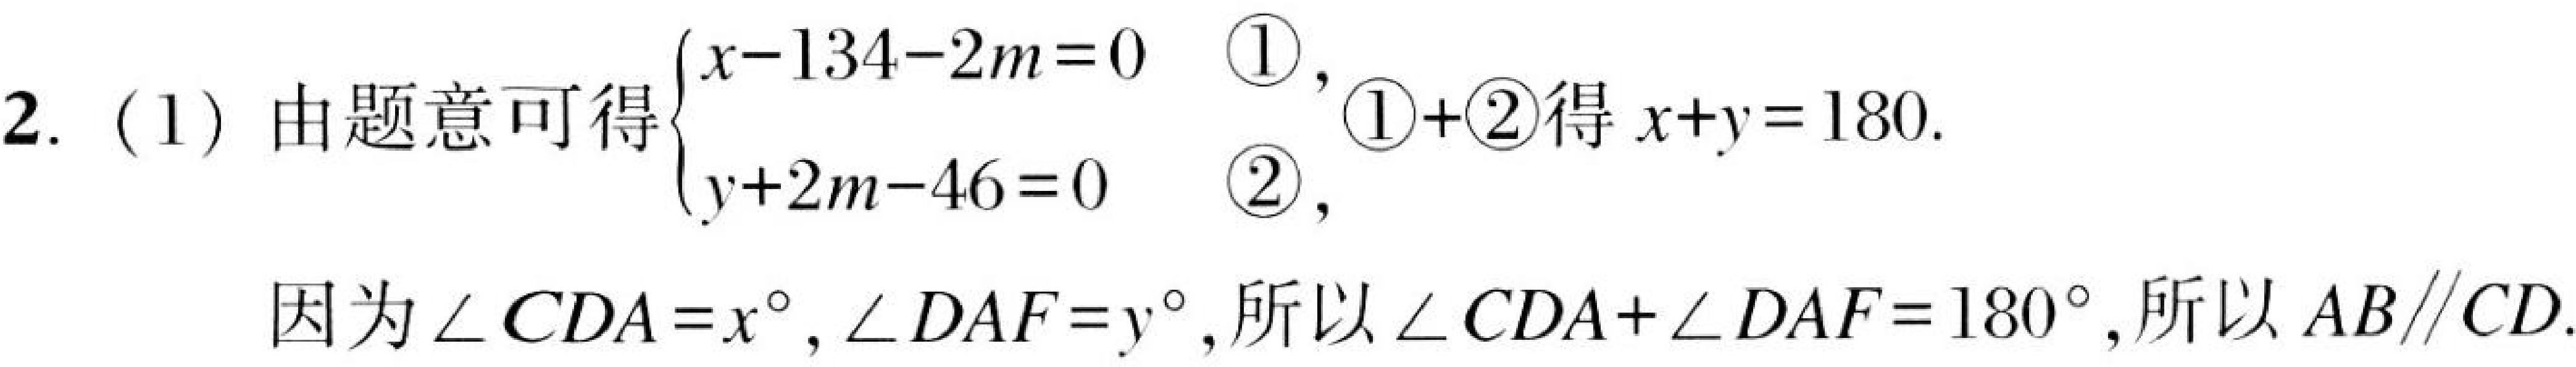
2. (1) 由题意可得$\begin{cases}x - 134-2m = 0&\textcircled{1}\\y + 2m-46 = 0&\textcircled{2}\end{cases}$,$\textcircled{1} + \textcircled{2}$得$x + y = 180$.
因为$\angle CDA=x^{\circ}$,$\angle DAF = y^{\circ}$,所以$\angle CDA+\angle DAF = 180^{\circ}$,所以$AB\parallel CD$.